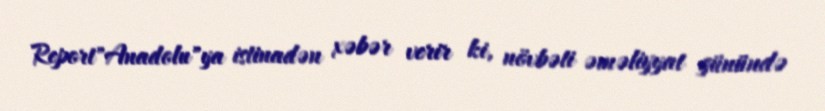
Report"Anadolu"ya istinadən xəbər verir ki, növbəti əməliyyat günündə